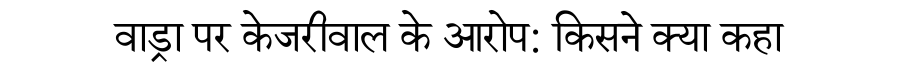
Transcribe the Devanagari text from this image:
वाड्रा पर केजरीवाल के आरोप: किसने क्या कहा